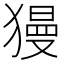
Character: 獌